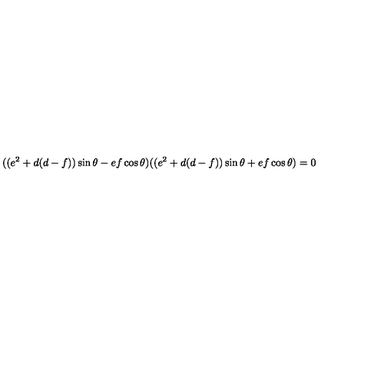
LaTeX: ( ( e ^ { 2 } + d ( d - f ) ) \sin \theta - e f \cos \theta ) ( ( e ^ { 2 } + d ( d - f ) ) \sin \theta + e f \cos \theta ) = 0